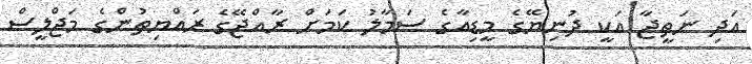
އަދި ނަތީޖާ އަކީ ދުނިޔޭގެ މީޑިއާގެ ސަމާލު ކަމަށް ރާއްޖޭގެ ރައްޔިތުންގެ މަޖްލީސް